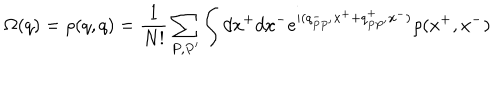
LaTeX: \Omega ( q ) = \rho ( q , q ) = \frac 1 { N ! } \sum _ { P , P ^ { \prime } } \int d x ^ { + } d x ^ { - } e ^ { i ( q _ { P P ^ { \prime } } ^ { - } x ^ { + } + q _ { P P ^ { \prime } } ^ { + } x ^ { - } ) } \rho ( x ^ { + } , x ^ { - } )